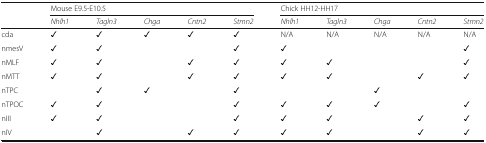
<table><thead><tr><td rowspan="2"></td><td colspan="5"><b>Mouse E9.5-E10.5</b></td><td colspan="5"><b>Chick HH12-HH17</b></td></tr><tr><td><b><i>Nhlh1</i></b></td><td><b><i>Tagln3</i></b></td><td><b><i>Chga</i></b></td><td><b><i>Cntn2</i></b></td><td><b><i>Stmn2</i></b></td><td><b><i>Nhlh1</i></b></td><td><b><i>Tagln3</i></b></td><td><b><i>Chga</i></b></td><td><b><i>Cntn2</i></b></td><td><b><i>Stmn2</i></b></td></tr></thead><tbody><tr><td>cda</td><td>✓</td><td>✓</td><td>✓</td><td>✓</td><td>✓</td><td>N/A</td><td>N/A</td><td>N/A</td><td>N/A</td><td>N/A</td></tr><tr><td>nmesV</td><td>✓</td><td>✓</td><td></td><td></td><td>✓</td><td>✓</td><td></td><td></td><td></td><td>✓</td></tr><tr><td>nMLF</td><td>✓</td><td>✓</td><td></td><td>✓</td><td>✓</td><td>✓</td><td>✓</td><td></td><td></td><td>✓</td></tr><tr><td>nMTT</td><td>✓</td><td>✓</td><td></td><td>✓</td><td>✓</td><td>✓</td><td>✓</td><td></td><td>✓</td><td>✓</td></tr><tr><td>nTPC</td><td></td><td>✓</td><td>✓</td><td></td><td>✓</td><td></td><td></td><td>✓</td><td></td><td></td></tr><tr><td>nTPOC</td><td>✓</td><td>✓</td><td></td><td></td><td>✓</td><td>✓</td><td>✓</td><td>✓</td><td></td><td>✓</td></tr><tr><td>nIII</td><td>✓</td><td>✓</td><td></td><td></td><td>✓</td><td>✓</td><td>✓</td><td></td><td>✓</td><td>✓</td></tr><tr><td>nIV</td><td></td><td>✓</td><td></td><td>✓</td><td>✓</td><td>✓</td><td>✓</td><td></td><td>✓</td><td>✓</td></tr></tbody></table>